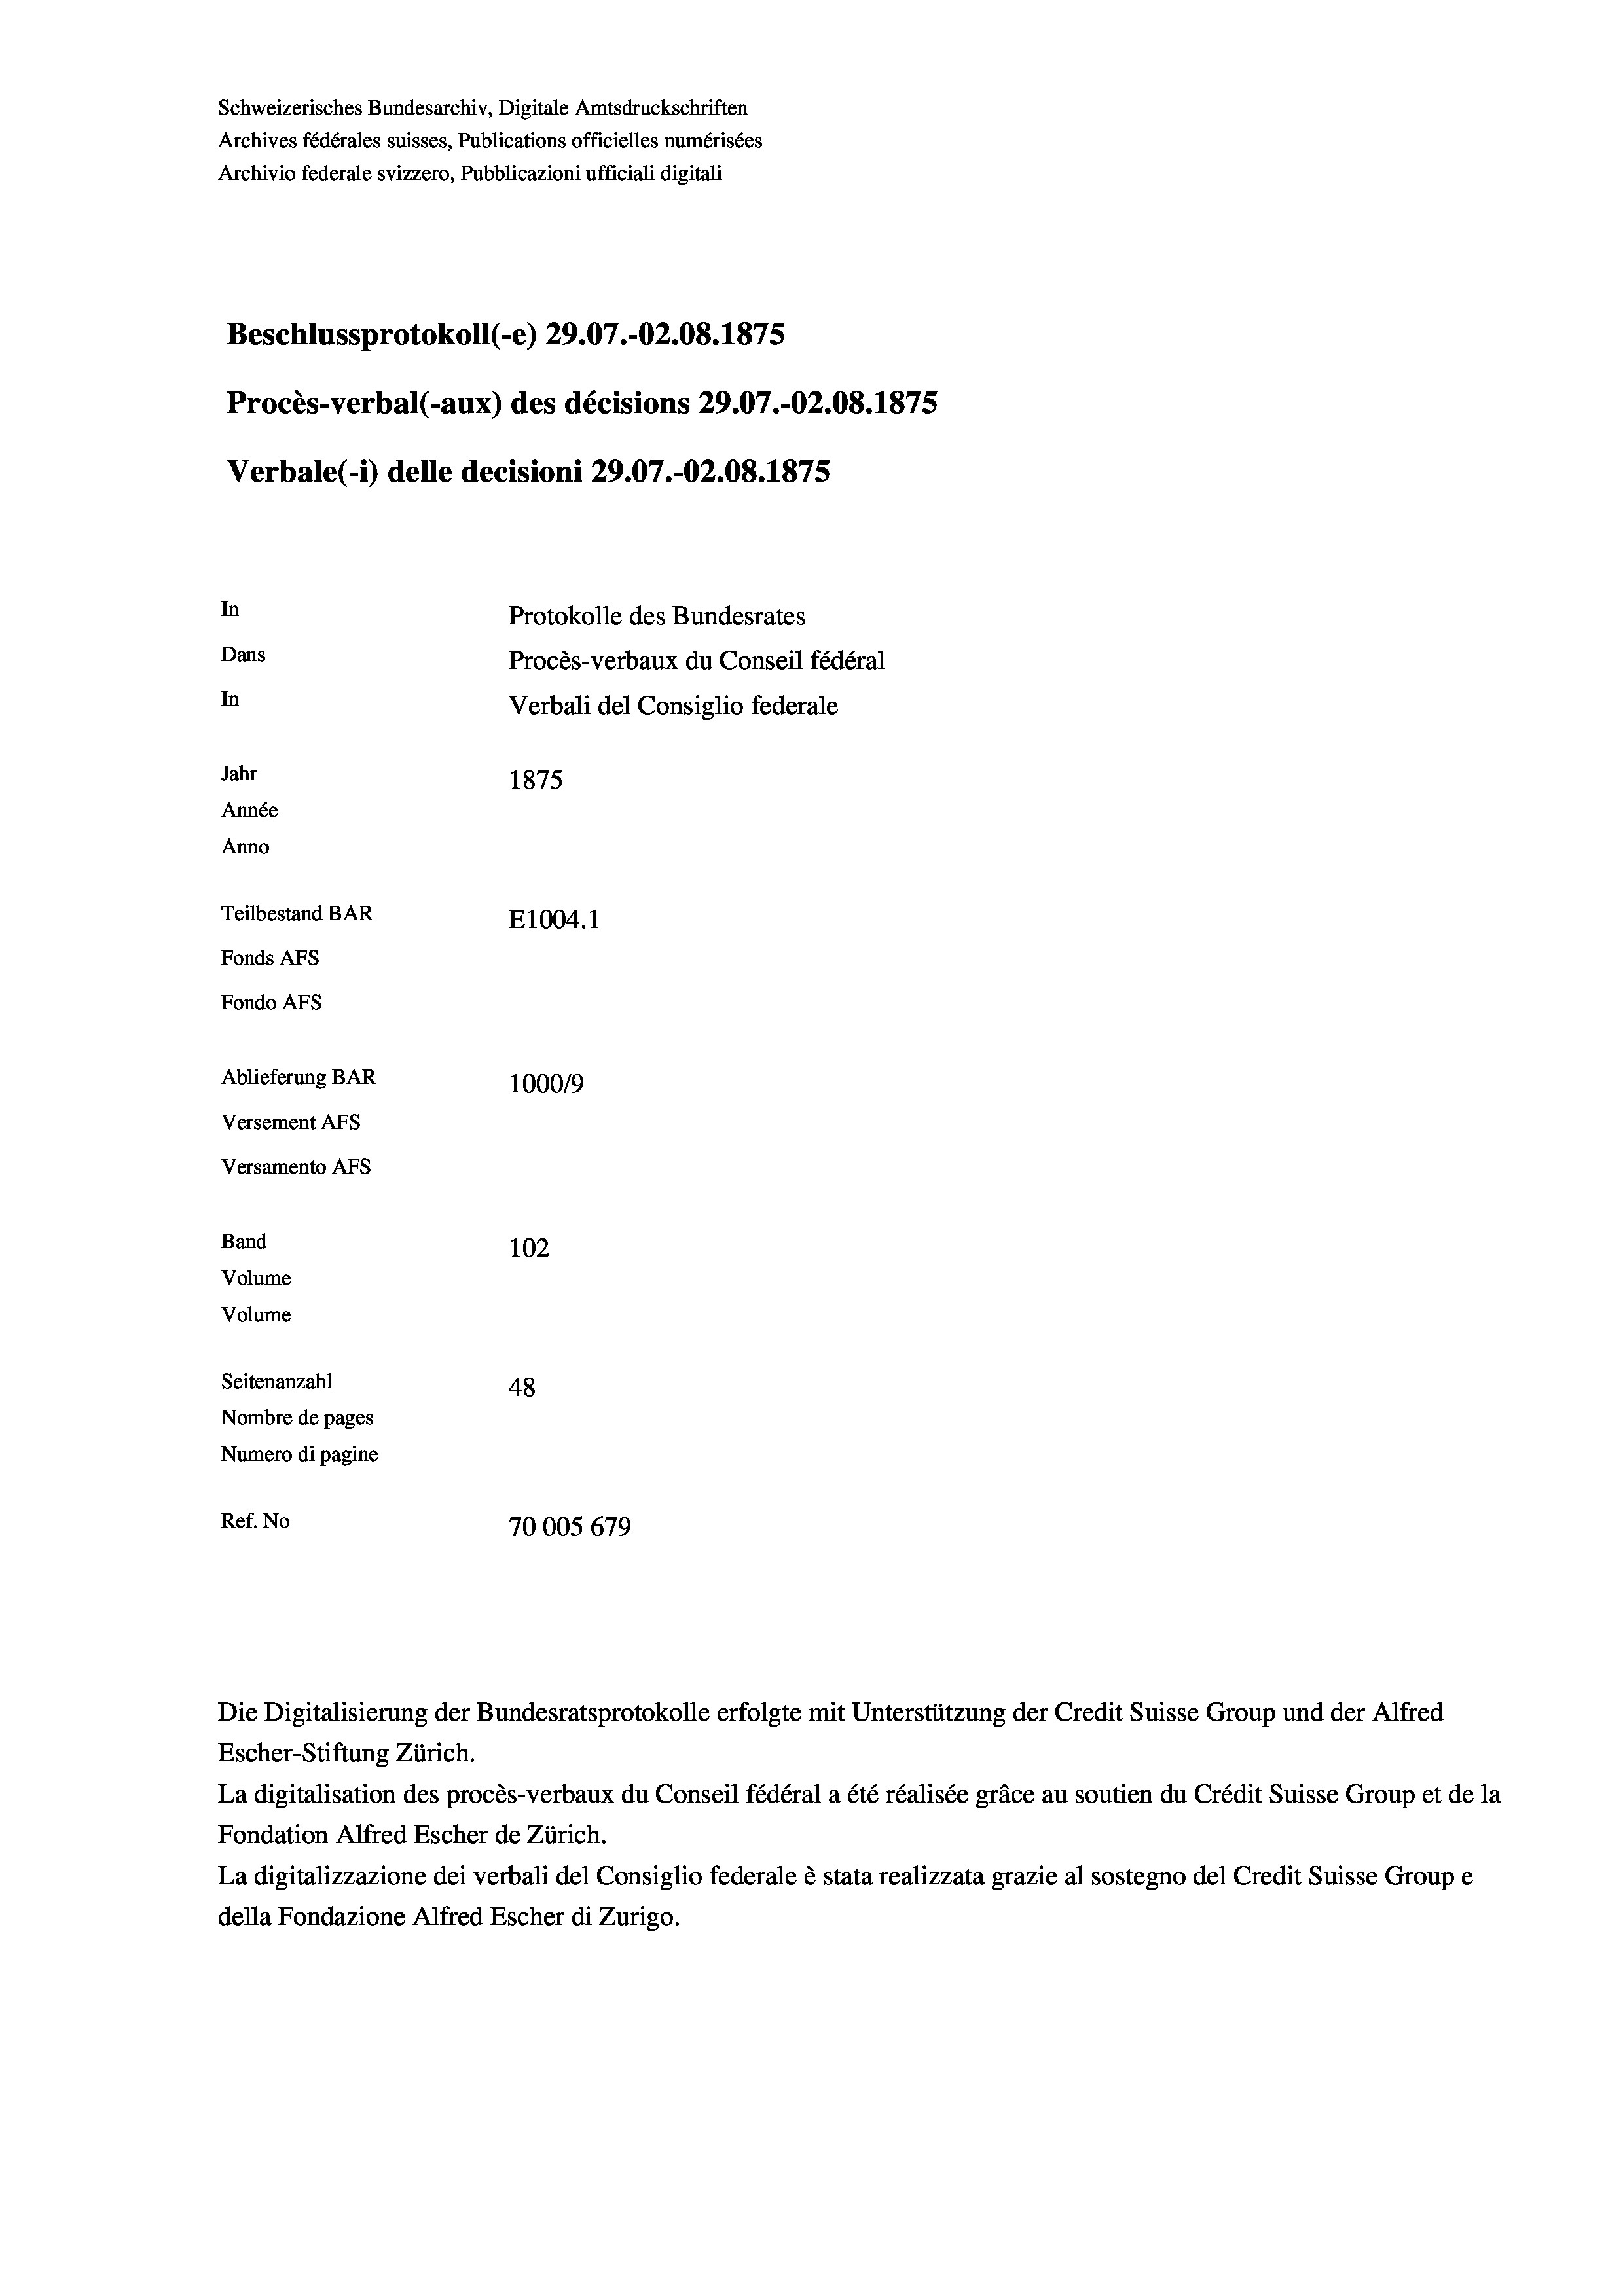
Schweizerisches Bundesarchiv, Digitale Amtsdruckschriften
Archives fédérales suisses, Publications officielles numérisées
Archivio federale svizzero, Pubblicazioni ufficiali digitali
Beschlussprotokoll (e) 29.07.-O2.08. 1875
Procès-verbal (-aux) des décisions 29.07.-O2.08. 1875
Verbale (i) delle decisioni 29.07.-O2.08. 1875
In
Protokolle des Bundesrates
Dans
Procès-verbaux du Conseil fédéral
In
Verbali del Consiglio federale
Jahr
1875
Année
Anno
Teilbestand BAR
E1004. 1
Fonds AFs
Fondo Afs
Ablieferung BAR
100019
Versement AFs
Versamento Afs
Band
102

Volume
Seitenanzahl
48
Nombre de pages
Numero di pagine
Ref. No
70005 679

Volume

Die Digitalisierung der Bundesratsprotokolle erfolgte mit Unterstützung der Credit Suisse Group und der Alfred
Escher-Stiftung Zürich.
La digitalisation des procès-verbaux du Conseil fédéral a été réalisée gräce au soutien du Crédit Suisse Group et de la
Fondation Alfred Escher de Zürich.
La digitalizzazione dei verbali del Consiglio federale è stata realizzata grazie al sostegno del Credit Suisse Groupe
della Fondazione Alfred Escher di Zurigo.